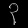
Digit: ၃